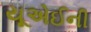
યૂએઈની